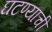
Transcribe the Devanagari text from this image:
घटण्याची